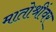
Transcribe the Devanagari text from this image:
मातोश्रींवर